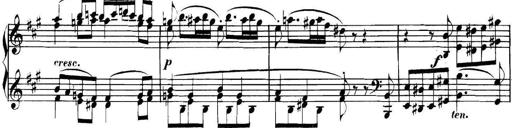
Title: Collected Piano Sonatas
Composer: Muzio Clementi